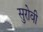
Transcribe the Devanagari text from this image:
सुरोवी